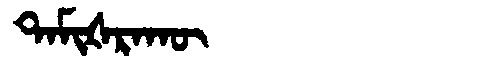
Manchu: ᡨᠠᠮᡳᡧᡵᠠᡴᡡ
Romanization: TAMIŠRAKŪ